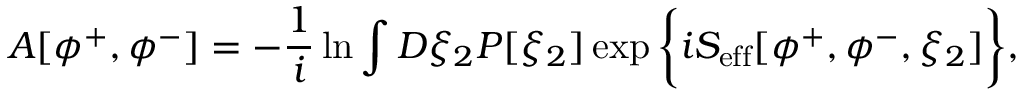
A [ \phi ^ { + } , \phi ^ { - } ] = - { \frac { 1 } { i } } \ln \int { \cal D } \xi _ { 2 } P [ \xi _ { 2 } ] \exp \bigg \{ i S _ { \mathrm { e f f } } [ \phi ^ { + } , \phi ^ { - } , \xi _ { 2 } ] \bigg \} ,